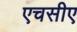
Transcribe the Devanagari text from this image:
एचसीए